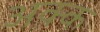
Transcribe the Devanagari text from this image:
अक्क